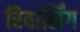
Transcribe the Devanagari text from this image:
रिवार्सिंग